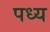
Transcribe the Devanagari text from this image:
पध्य